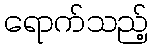
ရောက်သည့်